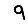
Digit: 9